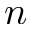
n